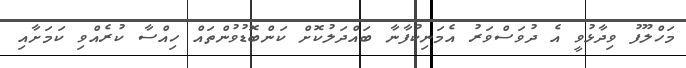
މަހްލޫފު ވިދާޅުވީ އެ ދުވަސްވަރު އެމަނިކުފާނާ ބައްދަލުކޮށް ކަންބޮޑުވުންތައް ހިއްސާ ކުރެއްވި ކަމަށާއި